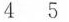
4 5